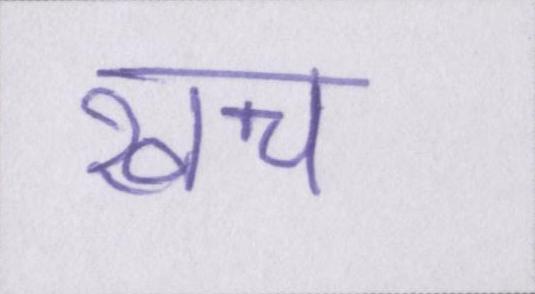
खच॔